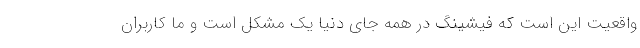
واقعیت این است که فیشینگ در همه جای دنیا یک مشکل است و ما کاربران